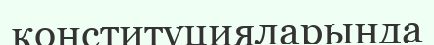
конституцияларында